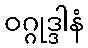
ဝဂ္ဂုဒ္ဒါနံ